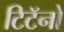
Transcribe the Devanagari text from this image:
टिटॅनो